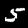
Digit: 5